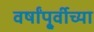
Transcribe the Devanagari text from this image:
वर्षांपू्र्वीच्या